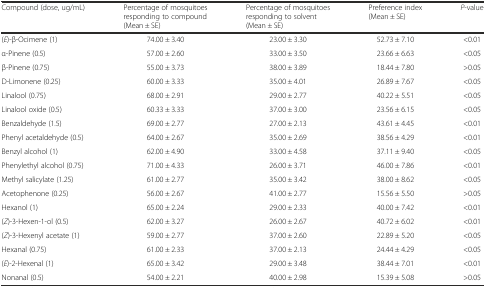
<table><thead><tr><td><b>Compound (dose, ug/mL)</b></td><td><b>Percentage of mosquitoes responding to compound (Mean ± SE)</b></td><td><b>Percentage of mosquitoes responding to solvent (Mean ± SE)</b></td><td><b>Preference index (Mean ± SE)</b></td><td><b><i>P</i>-value</b></td></tr></thead><tbody><tr><td>(<i>E</i>)-β-Ocimene (1)</td><td>74.00 ± 3.40</td><td>23.00 ± 3.30</td><td>52.73 ± 7.10</td><td>&lt;0.01</td></tr><tr><td>α-Pinene (0.5)</td><td>57.00 ± 2.60</td><td>33.00 ± 3.50</td><td>23.66 ± 6.63</td><td>&lt;0.05</td></tr><tr><td>β-Pinene (0.75)</td><td>55.00 ± 3.73</td><td>38.00 ± 3.89</td><td>18.44 ± 7.80</td><td>&gt;0.05</td></tr><tr><td>D-Limonene (0.25)</td><td>60.00 ± 3.33</td><td>35.00 ± 4.01</td><td>26.89 ± 7.67</td><td>&lt;0.05</td></tr><tr><td>Linalool (0.75)</td><td>68.00 ± 2.91</td><td>29.00 ± 2.77</td><td>40.22 ± 5.51</td><td>&lt;0.05</td></tr><tr><td>Linalool oxide (0.5)</td><td>60.33 ± 3.33</td><td>37.00 ± 3.00</td><td>23.56 ± 6.15</td><td>&lt;0.05</td></tr><tr><td>Benzaldehyde (1.5)</td><td>69.00 ± 2.77</td><td>27.00 ± 2.13</td><td>43.61 ± 4.45</td><td>&lt;0.01</td></tr><tr><td>Phenyl acetaldehyde (0.5)</td><td>64.00 ± 2.67</td><td>35.00 ± 2.69</td><td>38.56 ± 4.29</td><td>&lt;0.01</td></tr><tr><td>Benzyl alcohol (1)</td><td>62.00 ± 4.90</td><td>33.00 ± 4.58</td><td>37.11 ± 9.40</td><td>&lt;0.05</td></tr><tr><td>Phenylethyl alcohol (0.75)</td><td>71.00 ± 4.33</td><td>26.00 ± 3.71</td><td>46.00 ± 7.86</td><td>&lt;0.01</td></tr><tr><td>Methyl salicylate (1.25)</td><td>61.00 ± 2.77</td><td>35.00 ± 3.42</td><td>38.00 ± 8.62</td><td>&lt;0.05</td></tr><tr><td>Acetophenone (0.25)</td><td>56.00 ± 2.67</td><td>41.00 ± 2.77</td><td>15.56 ± 5.50</td><td>&gt;0.05</td></tr><tr><td>Hexanol (1)</td><td>65.00 ± 2.24</td><td>29.00 ± 2.33</td><td>40.00 ± 7.42</td><td>&lt;0.01</td></tr><tr><td>(<i>Z</i>)-3-Hexen-1-ol (0.5)</td><td>62.00 ± 3.27</td><td>26.00 ± 2.67</td><td>40.72 ± 6.02</td><td>&lt;0.01</td></tr><tr><td>(<i>Z</i>)-3-Hexenyl acetate (1)</td><td>59.00 ± 2.77</td><td>37.00 ± 2.60</td><td>22.89 ± 5.20</td><td>&lt;0.05</td></tr><tr><td>Hexanal (0.75)</td><td>61.00 ± 2.33</td><td>37.00 ± 2.13</td><td>24.44 ± 4.29</td><td>&lt;0.05</td></tr><tr><td>(<i>E</i>)-2-Hexenal (1)</td><td>65.00 ± 3.42</td><td>29.00 ± 3.48</td><td>38.44 ± 7.01</td><td>&lt;0.01</td></tr><tr><td>Nonanal (0.5)</td><td>54.00 ± 2.21</td><td>40.00 ± 2.98</td><td>15.39 ± 5.08</td><td>&gt;0.05</td></tr></tbody></table>